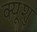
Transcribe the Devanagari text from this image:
क्यूशु